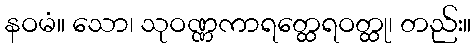
နဝမံ။ သော၊ သုဝဏ္ဏကာရတ္ထေရဝတ္ထု၊ တည်း။